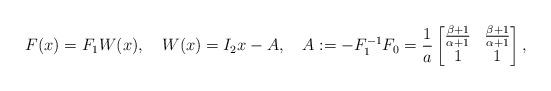
LaTeX: \begin{align*} F(x)&=F_1 W(x), & W(x)&= I_2x-A, &A&:=- F_1^{-1}F_0=\frac{1}{a}\begin{bmatrix} \frac{\beta+1}{\alpha+1}&\frac{\beta+1}{\alpha+1}\\ 1& 1 \end{bmatrix}, \end{align*}